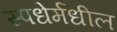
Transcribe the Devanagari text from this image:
स्पधेर्मधील